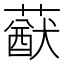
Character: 𦽈